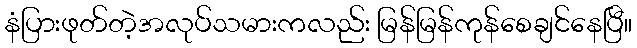
နံပြားဖုတ်တဲ့အလုပ်သမားကလည်း မြန်မြန်ကုန်စေချင်နေပြီ။